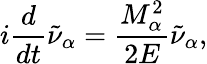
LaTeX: i{\frac{d}{dt}}\tilde{\nu}_{\alpha}={\frac{M_{\alpha}^{2}}{2E}}\tilde{\nu}_{\alpha},